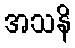
အသနိ